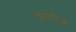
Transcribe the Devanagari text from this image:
वरगीज़